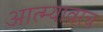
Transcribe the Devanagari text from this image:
आत्म्यावरच